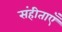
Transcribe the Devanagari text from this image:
संहीताएँ